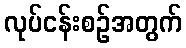
လုပ်ငန်းစဉ်အတွက်